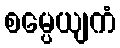
စမ္ပေယျကံ